Source: Computer-generated
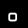
Digit: ၀ (0)